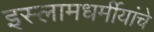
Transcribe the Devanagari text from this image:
इस्लामधर्मीयांचे